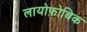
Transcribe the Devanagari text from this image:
लायोफ़ोबिक